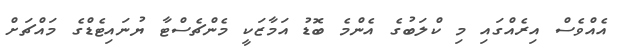
އެއްވެސް އިރެއްގައި މި ކްލަބުގެ އެންމެ ބޮޑު އަމާޒަކީ މެންޗެސްޓާ ޔުނައިޓެޑްގެ މައްޗަށް